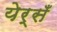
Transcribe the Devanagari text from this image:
येर्सँ